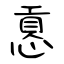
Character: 慐